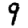
Digit: 9